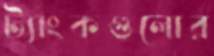
ট্যাংকগুলোর